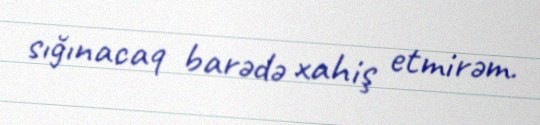
sığınacaq barədə xahiş etmirəm.